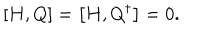
\left[ H , Q \right] = \left[ H , Q ^ { \dagger } \right] = 0 .